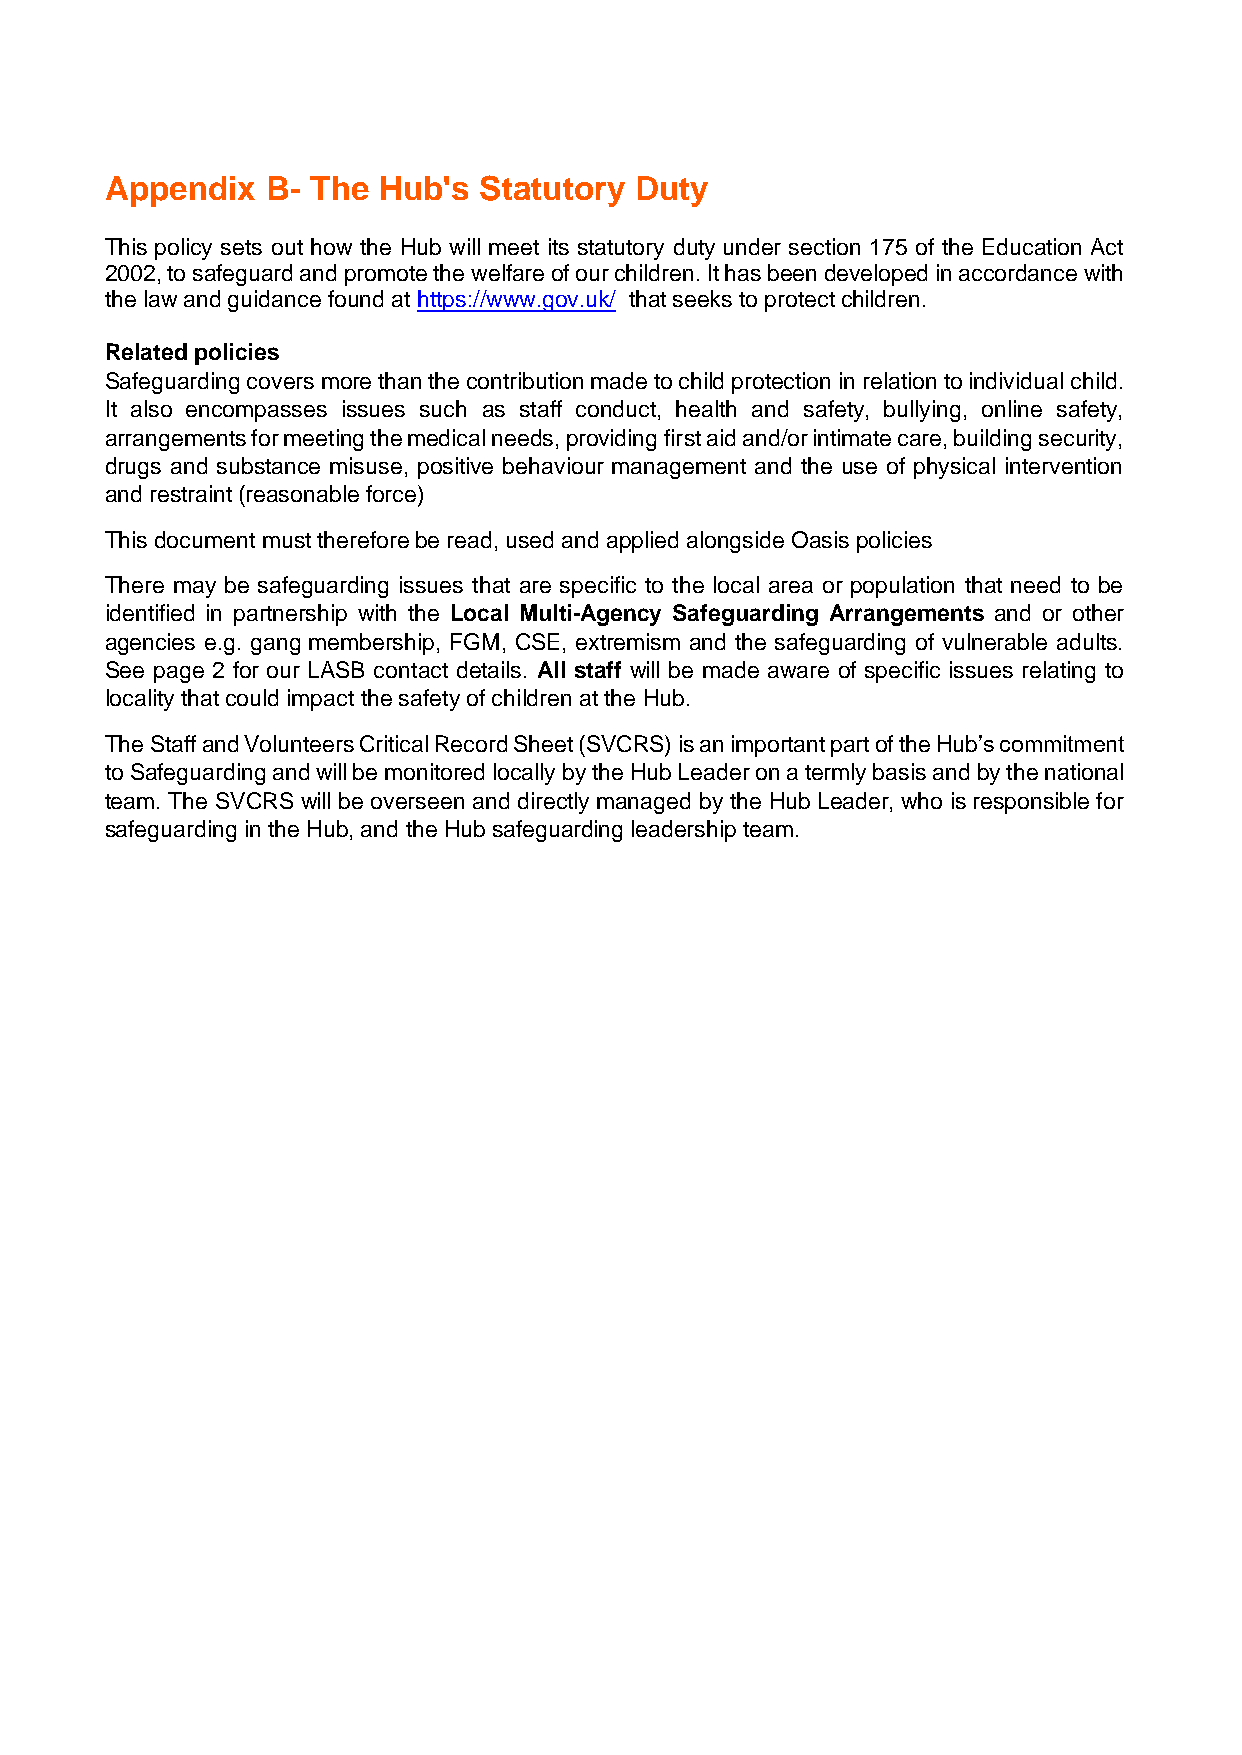
Appendix   B- The Hub's  Statutory Duty
 This policy sets out how the Hub will meet its statutory duty under section 175 of the Education Act
 2002, to safeguard and promote the welfare of our children. It has been developed in accordance with
 the law and guidance found at https://www.gov.uk/ that seeks to protect children.
 Related policies
 Safeguarding covers more than the contribution made to child protection in relation to individual child.
 It also encompasses issues such as staff conduct, health and safety, bullying, online safety,
 arrangements for meeting the medical needs, providing first aid and/or intimate care, building security,
 drugs and substance misuse, positive behaviour management and the use of physical intervention
 and restraint (reasonable force)
 This document must therefore be read, used and applied alongside Oasis policies
 There may be safeguarding issues that are specific to the local area or population that need to be
 identified in partnership with the Local Multi-Agency Safeguarding Arrangements and or other
 agencies e.g. gang membership, FGM, CSE, extremism and the safeguarding of vulnerable adults.
 See page 2 for our LASB contact details. All staff will be made aware of specific issues relating to
 locality that could impact the safety of children at the Hub.
 The Staff and Volunteers Critical Record Sheet (SVCRS) is an important part of the Hub’s commitment
 to Safeguarding and will be monitored locally by the Hub Leader on a termly basis and by the national
 team. The SVCRS will be overseen and directly managed by the Hub Leader, who is responsible for
 safeguarding in the Hub, and the Hub safeguarding leadership team.